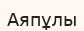
Аяпұлы